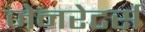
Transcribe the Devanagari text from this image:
जेनरेटर्स